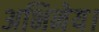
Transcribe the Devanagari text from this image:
अभिनेय।